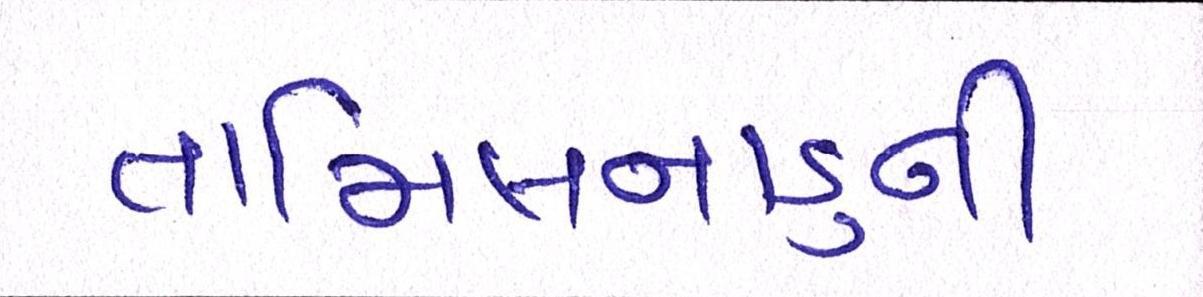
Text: તામિલનાડુની